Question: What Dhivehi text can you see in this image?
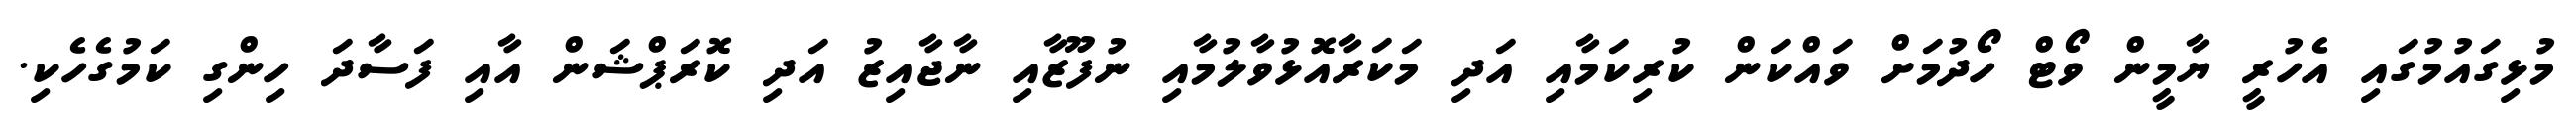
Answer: މުޅިގައުމުގައި އެހުރީ ޔާމީން ވޯޓް ހޯދުމަށް ވައްކަން ކުރިކަމާއި އަދި މަކަރާއޮޅުވާލުމާއި ނުފޫޒާއި ނާޖާއިޒު އަދި ކޮރަޕްޝަން އާއި ފަސާދަ ހިންގި ކަމުގެހެކި.